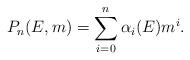
LaTeX: \begin{align*}P_n(E, m) = \sum_{i = 0}^n \alpha_i(E) m^i.\end{align*}